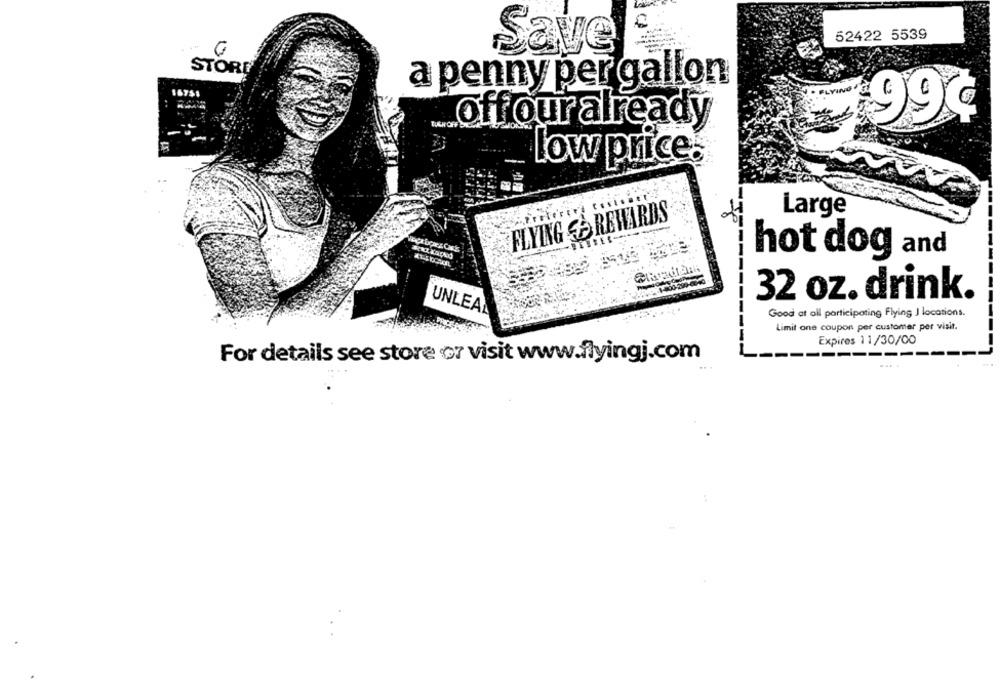
52422 5539
G
Save
STORE
a penny per gallon
167
99¢
offouralready
Low price.
Large
FLYING È REWARDS
hot dog and
32 oz. drink.
UNLEAL
Good at all participating Flying J locations.
Limit one coupon per customer per visit.
Expires 11/30/00
For details see store or visit www.flyingj.com